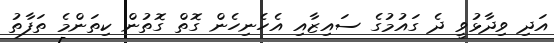
އަދި ވިދާޅުވީ ދެ ގައުމުގެ ސައިޒާއި އެހެނިހެން ގޮތް ގޮތުން ކިތަންމެ ތަފާތު